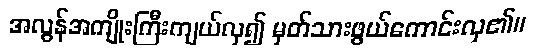
အလွန်အကျိုးကြီးကျယ်လှ၍ မှတ်သားဖွယ်ကောင်းလှ၏။